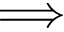
\Longrightarrow